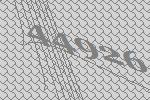
44926